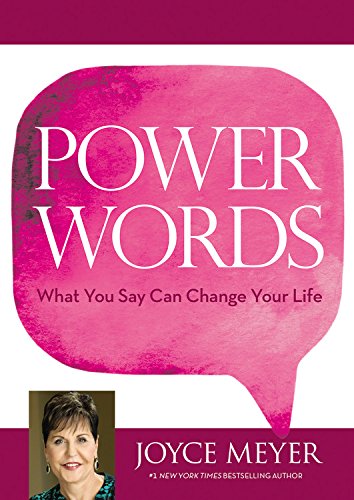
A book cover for Power Words: What You Say Can Change Your Life; Joyce Meyer; Self-Help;